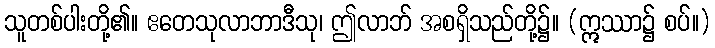
သူတစ်ပါးတို့၏။ ဧတေသုလာဘာဒီသု၊ ဤလာဘ် အစရှိသည်တို့၌။ (ဣဿာ၌ စပ်။)